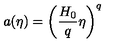
a ( \eta ) = \left( \frac { H _ { 0 } } { q } \eta \right) ^ { q }